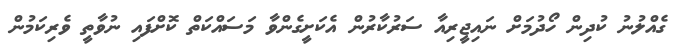
ގެއްލުނު ކުދިން ހޯދުމަށް ނައިޖީރިއާ ސަރުކާރުން އެކަށީގެންވާ މަސައްކަތް ކޮށްފައި ނުވާތީ ވެރިކަމުން